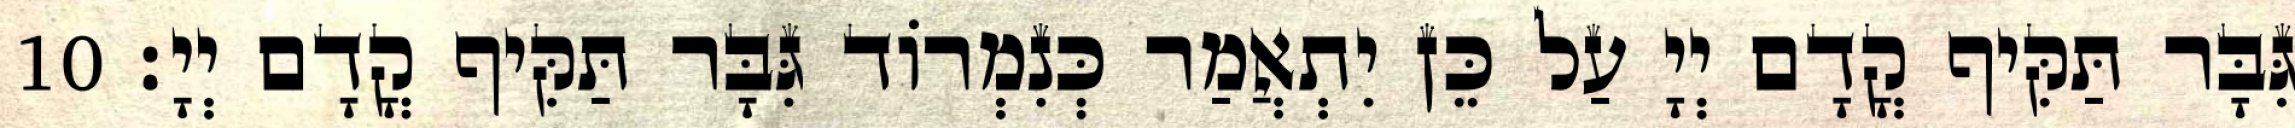
גִּבָּר תַּקִּיף קֳדָם יְיָ עַל כֵּן יִתְאֲמַר כְּנִמְרוֹד גִּבָּר תַּקִּיף קֳדָם יְיָ׃ 10